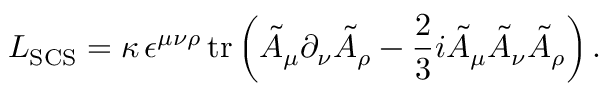
{ \cal L } _ { \mathrm { S C S } } = \kappa \, \epsilon ^ { \mu \nu \rho } \, \mathrm { t r } \left( \tilde { A } _ { \mu } \partial _ { \nu } \tilde { A } _ { \rho } - \frac 2 3 i \tilde { A } _ { \mu } \tilde { A } _ { \nu } \tilde { A } _ { \rho } \right) .